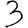
Digit: 3